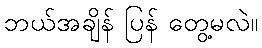
ဘယ်အချိန် ပြန် တွေ့မလဲ။